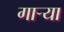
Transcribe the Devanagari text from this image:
गाऱ्या